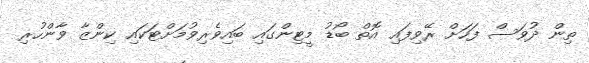
ތިން ދުވަސް ފަހަށް ރޭވިފައި އޮތް ބޯޑު މީޓިންގައި ބައިވެރިވުމަށްޓަކައި ކިންޒާ ވާންހުރި